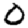
Digit: 0